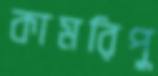
কামরিপু